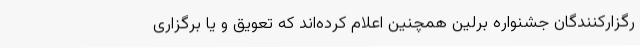
رگزارکنندگان جشنواره برلین همچنین اعلام کرده‌اند که تعویق و یا برگزاری